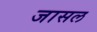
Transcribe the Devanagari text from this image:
जासल